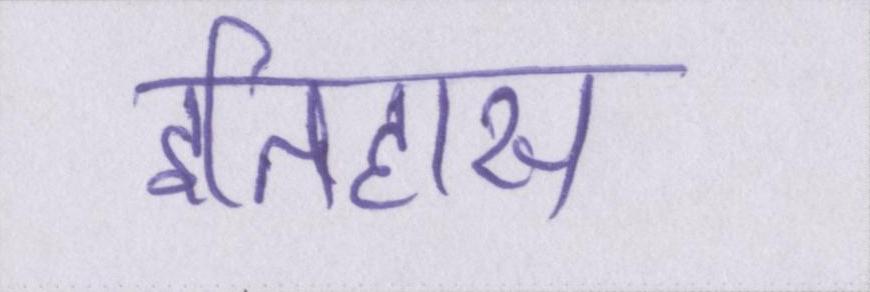
इतिहास